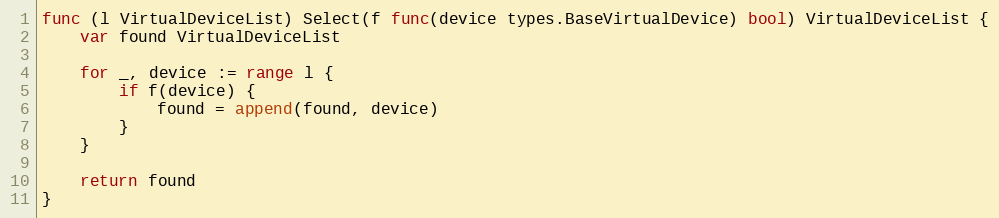
Language: Go
func (l VirtualDeviceList) Select(f func(device types.BaseVirtualDevice) bool) VirtualDeviceList {
	var found VirtualDeviceList

	for _, device := range l {
		if f(device) {
			found = append(found, device)
		}
	}

	return found
}